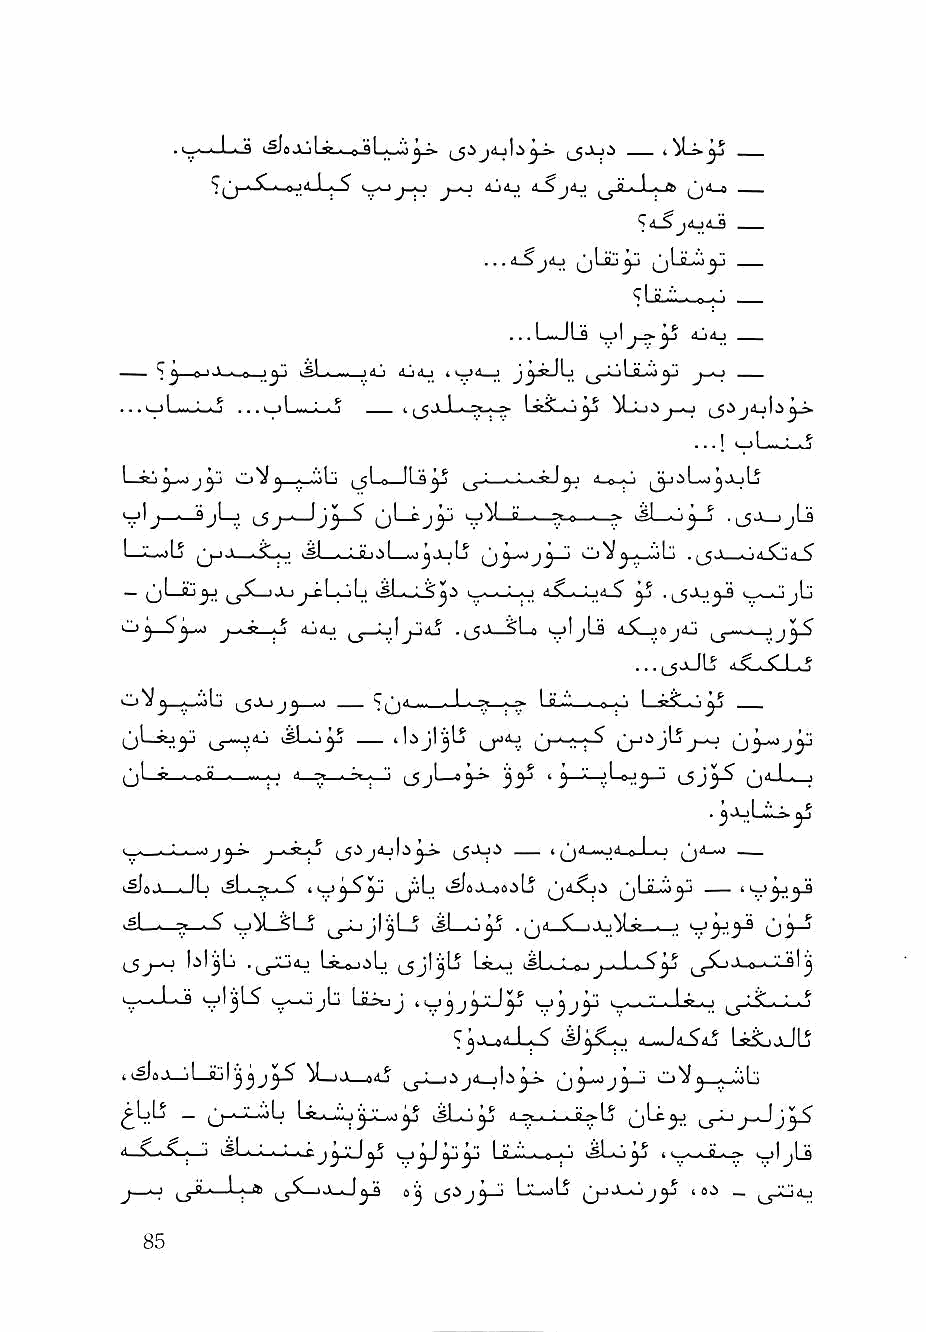
•. L--9 i-SlaJLjlv. ejLwijj j»- Sjx .1 \j i
 '>4.Sj04J
 ...LJLi
 L^l. _ < ^ 'i 4^4_j i ^^jJuLsLwJ^ J"^ —
 t (^jJ-A-PU*^ LstjLo^ ^LL).)
 1 ^ml   L"t^ ^ . ..\l *1 ^I-I !■'■ -■- '^■D-0 L^ ^ JlJ Ij
 •tj'j—■—9jl—j    ^jl tj^j B—■—7».o—■—;^ >5! .i_5Jk_)jLa
 I "■■i'>Lj ,'^■■■1 .jsl . : o ..^I ..<j V .!^ 03^J3 ' ^ v ■ .A ^
 — O^—                       aSL^-Lj^S ^ .(_5Ju^ jLi
 ^      ^ dji-i ^j_ol jjiS     4.5L_)0j4j ^ . ■ jj ^
 '"'^^ • *^'' ^J; ^   . 1 .-^ . -^ I fl • • - -^ ■!' I—aeSLiJ^
 (_jL*J^ j_y->--j'!j vSLo^ ilijl^LS
 ijLj-^e-a-^—       (Jjl—8^  1 y-lL-jLejyJ l5J^ L^
 tSfx \ . II t i^L-i.j^_i_^ ii^ySyj ^^Lj *>^00k-40^ll ^^dSL)^ ^1 B _ ii^yjyS
 ■?L • •? --^ 'jM—SLJ' isLo^ .^jii—^-uJu^Us—^ u3^
 IjI^L    ly.^oL ^Jj\'^lS <jLi_Lo-i j.-.L'.'>yj '■' **1 j
 v'3^      LaiuJ
 ^jJ-«<l-L-5 t^^5wO La^jULj
 —j!—     V—>-A .1 ^ T 1 N i| \ j ^ ^^y^jy^ L"i^y . ..il'<
 ^IjLj _     I   jji!_>>l yj iSLo^ il_5y_LjJl^Lj (jLc^ ^j_Ll J-Jj^
 « ,iC..'s . > I jL^-i~«-''—^ jyXjyj i^yjyjyj Lg-i".'..--o ; 1 iSl~^J}yS i
 J—^ i_5-"-'— i_5^— "y l5^J3—'      -^5^ '°'^ —